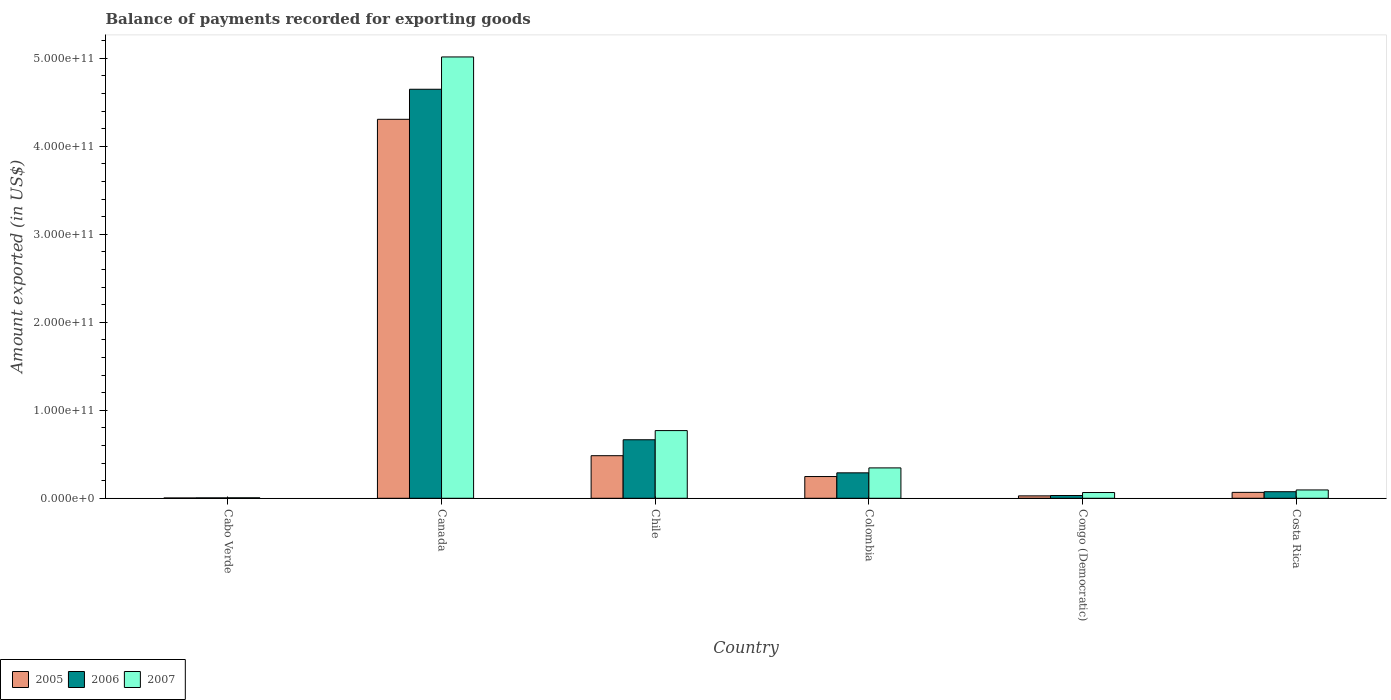
| Country | 2005 | 2006 | 2007 |
 | --- | --- | --- | --- |
 | Cabo Verde | 3.54e+08 | 4.72e+08 | 5.66e+08 |
 | Canada | 4.31e+11 | 4.65e+11 | 5.02e+11 |
 | Chile | 4.84e+10 | 6.65e+10 | 7.69e+10 |
 | Colombia | 2.47e+10 | 2.89e+10 | 3.45e+10 |
 | Congo (Democratic) | 2.75e+09 | 3.14e+09 | 6.54e+09 |
 | Costa Rica | 6.73e+09 | 7.47e+09 | 9.48e+09 |